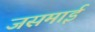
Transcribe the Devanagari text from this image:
जसमाई